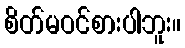
စိတ်မဝင်စားပါဘူး။